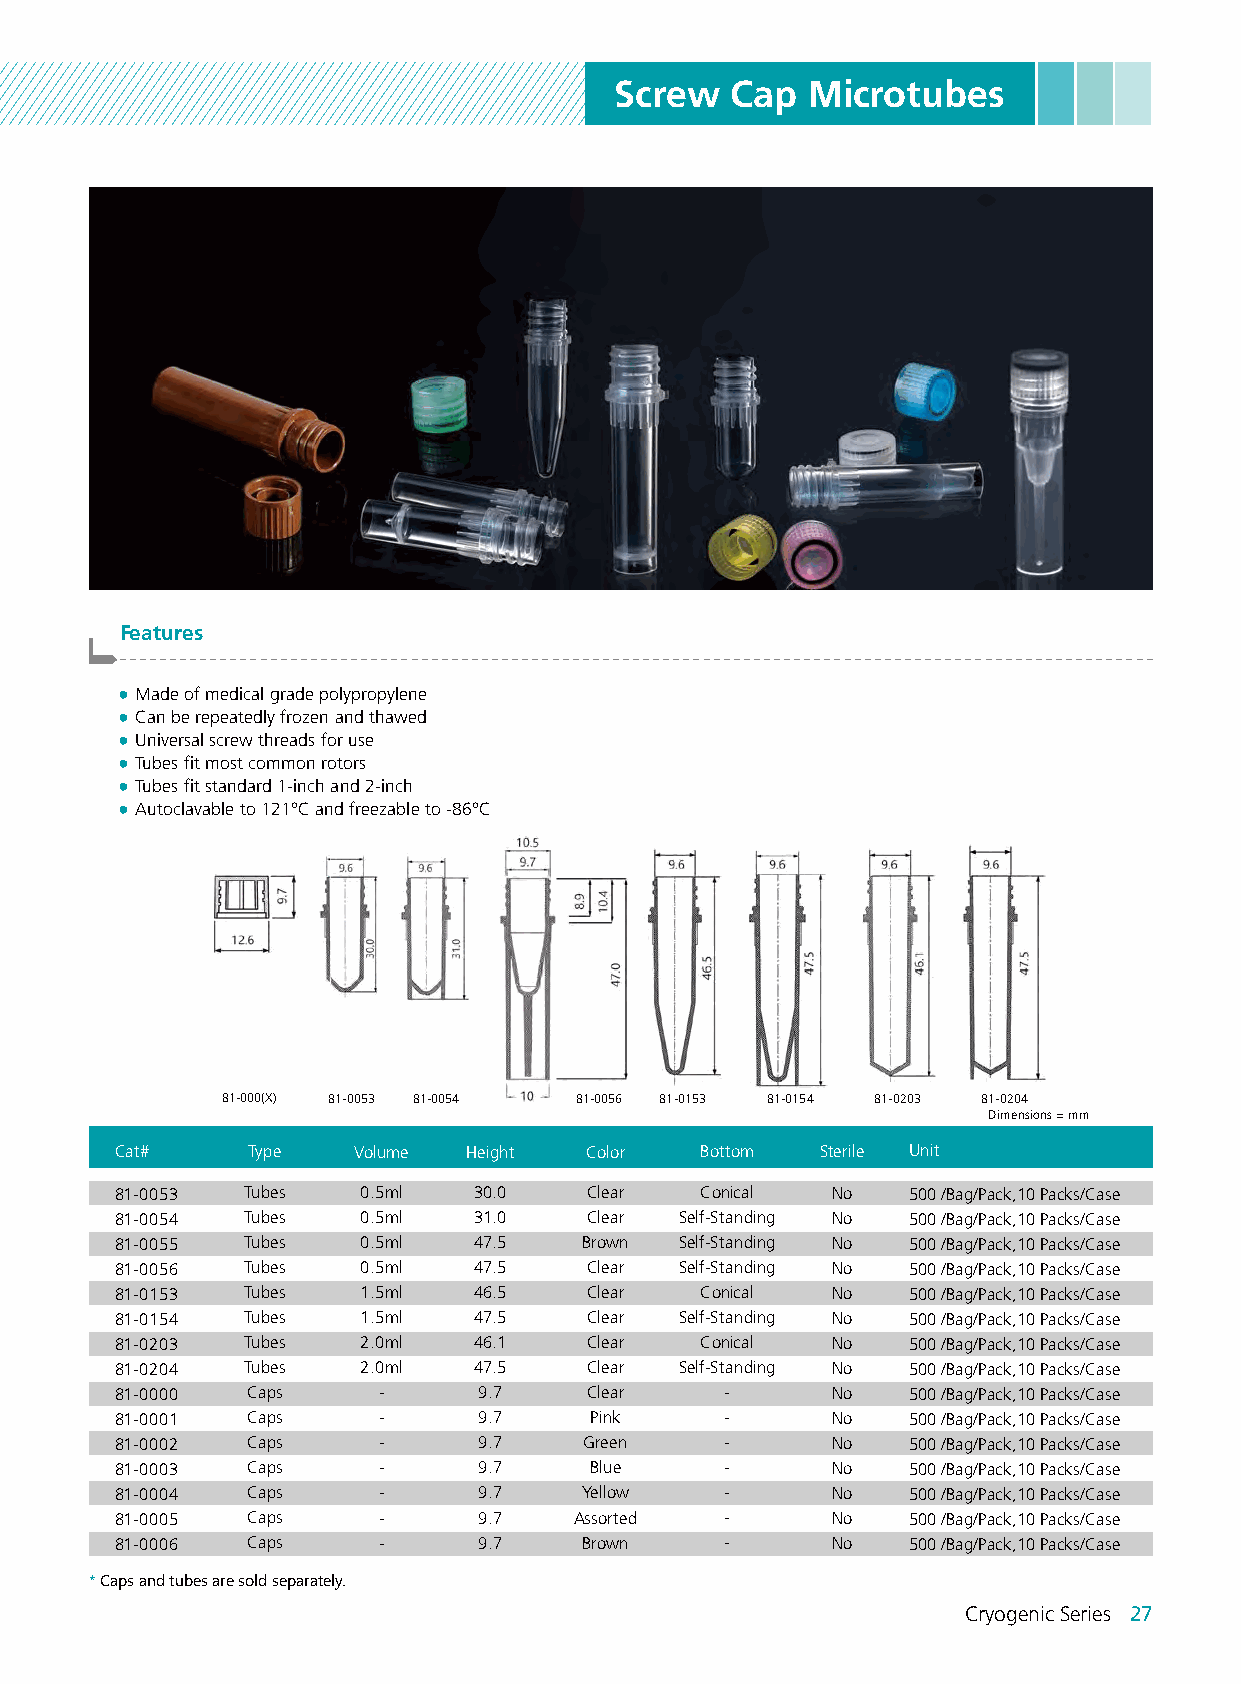
Screw  Cap  Microtubes
 Features
 -------------------------------------------------------------------------------------------------------
 ● Made of medical grade polypropylene
 ● Can be repeatedly frozen and thawed
 ● Universal screw threads for use
 ● Tubes fit most common rotors
 ● Tubes fit standard 1-inch and 2-inch
 ● Autoclavable to 121°C and freezable to -86°C
 81-000(X) 81-0053 81-0054 81-0056 81-0153 81-0154 81-0203 81-0204
 Dimensions = mm
 Cat#    Type   Volume  Height  Color  Bottom  Sterile Unit
 81-0053 Tubes   0.5ml  30.0    Clear  Conical  No   500 /Bag/Pack,10 Packs/Case
 81-0054 Tubes   0.5ml  31.0    Clear Self-Standing No 500 /Bag/Pack,10 Packs/Case
 81-0055 Tubes   0.5ml  47.5    Brown Self-Standing No 500 /Bag/Pack,10 Packs/Case
 81-0056 Tubes   0.5ml  47.5    Clear Self-Standing No 500 /Bag/Pack,10 Packs/Case
 81-0153 Tubes   1.5ml  46.5    Clear  Conical  No   500 /Bag/Pack,10 Packs/Case
 81-0154 Tubes   1.5ml  47.5    Clear Self-Standing No 500 /Bag/Pack,10 Packs/Case
 81-0203 Tubes   2.0ml  46.1    Clear  Conical  No   500 /Bag/Pack,10 Packs/Case
 81-0204 Tubes   2.0ml  47.5    Clear Self-Standing No 500 /Bag/Pack,10 Packs/Case
 81-0000 Caps     -      9.7    Clear    -      No   500 /Bag/Pack,10 Packs/Case
 81-0001 Caps     -      9.7    Pink     -      No   500 /Bag/Pack,10 Packs/Case
 81-0002 Caps     -      9.7    Green    -      No   500 /Bag/Pack,10 Packs/Case
 81-0003 Caps     -      9.7    Blue     -      No   500 /Bag/Pack,10 Packs/Case
 81-0004 Caps     -      9.7   Yellow    -      No   500 /Bag/Pack,10 Packs/Case
 81-0005 Caps     -      9.7   Assorted  -      No   500 /Bag/Pack,10 Packs/Case
 81-0006 Caps     -      9.7    Brown    -      No   500 /Bag/Pack,10 Packs/Case
 * Caps and tubes are sold separately.
 Cryogenic Series 27